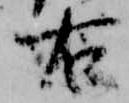
右